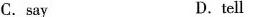
C. sayD.tell